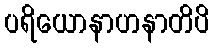
ပရိယောနာဟနာတိပိ